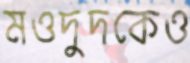
মওদুদকেও